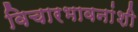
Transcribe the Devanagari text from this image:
विचारभावनांशी